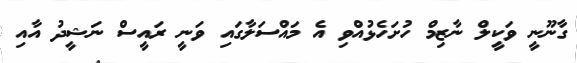
ގާނޫނީ ވަކީލް ނާޒިމް ހުށަހެޅުއްވި އެ މައްސަލާގައި ވަނީ ރައީސް ނަޝީދު އާއި